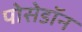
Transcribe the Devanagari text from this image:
पोसेडॉन